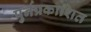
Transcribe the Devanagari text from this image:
पुर्नप्रकाशित